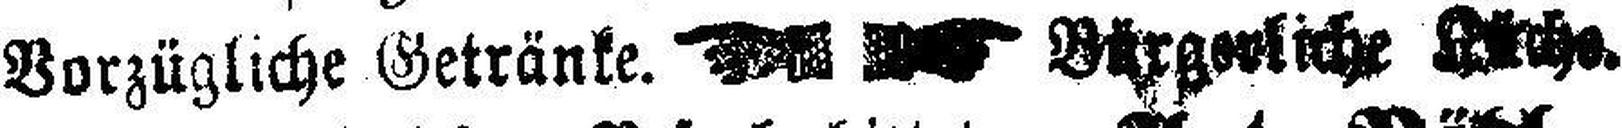
Vorzügliche Getränke. Bürgerliche Küche.